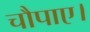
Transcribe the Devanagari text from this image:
चौपाए।